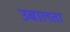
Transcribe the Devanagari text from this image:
उबालता